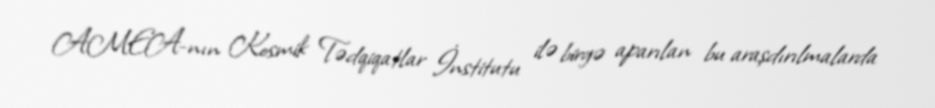
AMEA-nın Kosmik Tədqiqatlar İnstitutu ilə birgə aparılan bu araşdırılmalarda